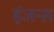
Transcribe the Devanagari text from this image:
इंजन्स